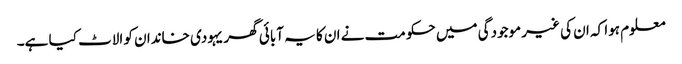
معلوم ہوا کہ ان کی غیر موجودگی میں حکومت نے ان کا یہ آبائی گھر یہودی خاندان کو الاٹ کیا ہے۔